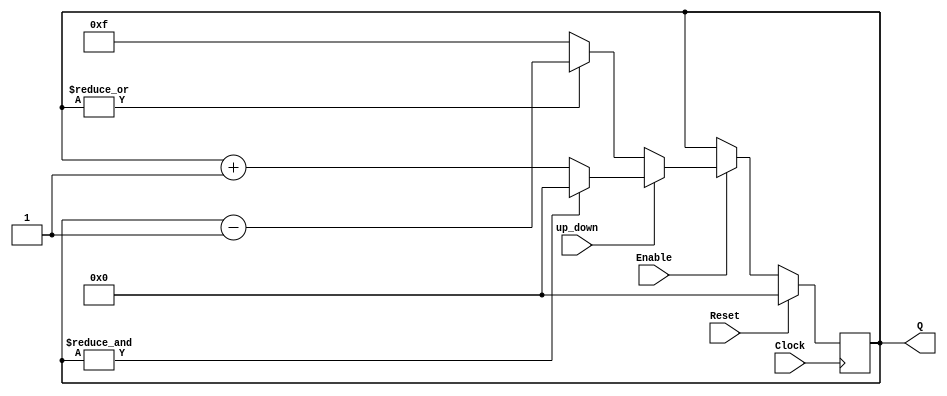
`timescale 1ns / 1ps
//////////////////////////////////////////////////////////////////////////////////
// Module Name: Four_bit_up_down_counter_with_reset_load_enable_behavior
//////////////////////////////////////////////////////////////////////////////////

module Four_bit_up_down_counter_with_reset_enable_behavior(
    input Clock,      // Clock signal
    input Reset,      // Reset signal
    input Enable,     // Enable signal
    input up_down,    // Counting Direction (Up if Hi, Down if Low)
    output [3:0] Q    // 4 bit Output value (0-F)
    );

    reg [3:0] count;
    wire cnt_Up_done;
    wire cnt_Dwn_done;

    assign cnt_Up_done = & count;     // Logical AND, Hi if count = F
    assign cnt_Dwn_done = ~| count;   // Logical NOR, Hi if count = 0
    assign Q = count;                 // Output value

    always @(posedge Clock) begin
      if (Reset)                // Reset high signal
         count <= 0;
      else if (Enable) begin // Begin counting Down (Value-0)
          if (up_down)
            if (cnt_Up_done)
              count <= 4'b0000;
            else
              count <= count + 1;
          else if (~up_down)
            if (cnt_Dwn_done)
              count <= 4'b1111;
            else
              count <= count - 1;
        end
    end
endmodule